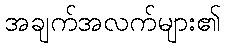
အချက်အလက်များ၏